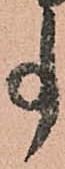
事